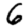
Digit: 6